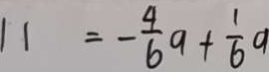
1 1 = - \frac { 4 } { 6 } a + \frac { 1 } { 6 } a